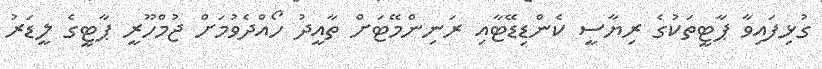
ގުޅިފައިވާ ޕާޓީތަކުގެ ރިޔާސީ ކެންޑިޑޭޓާއި ރަނިންމޭޓަށް ތާއީދު ހޯއްދެވުމަށް ޖުމްހޫރީ ޕާޓީގެ ލީޑަރު